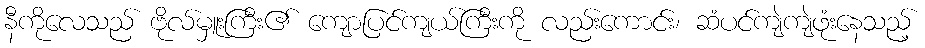
နီကိုလေသည် ဗိုလ်မှူးကြီး၏ ကျောပြင်ကျယ်ကြီးကို လည်းကောင်း၊ ဆံပင်ကျဲကျဲဖုံးနေသည့်